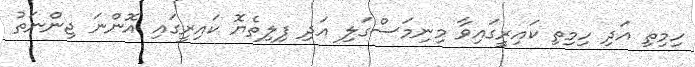
ހިމިތި އަދި ހިމިތި ކައިރީގައިވާ މިނިމަސްގަލި އަދި ފިލިތެޔޮ ކައިރީގައި އޮންނަ ޖިންނަތު